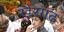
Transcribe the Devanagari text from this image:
खैरगढ़